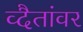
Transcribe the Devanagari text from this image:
व्दैतांवर